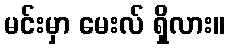
မင်းမှာ မေးလ် ရှိလား။